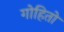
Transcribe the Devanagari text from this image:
गोहितो